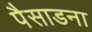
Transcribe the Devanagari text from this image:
पैसाडना